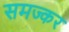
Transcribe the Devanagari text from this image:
समज्कर